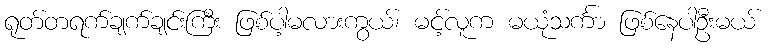
ရုတ်တရက်ချက်ချင်းကြီး ဖြစ်ပါ့မလားကွယ်၊ မင့်လူက မယုံသင်္ကာ ဖြစ်နေပါဦးမယ်